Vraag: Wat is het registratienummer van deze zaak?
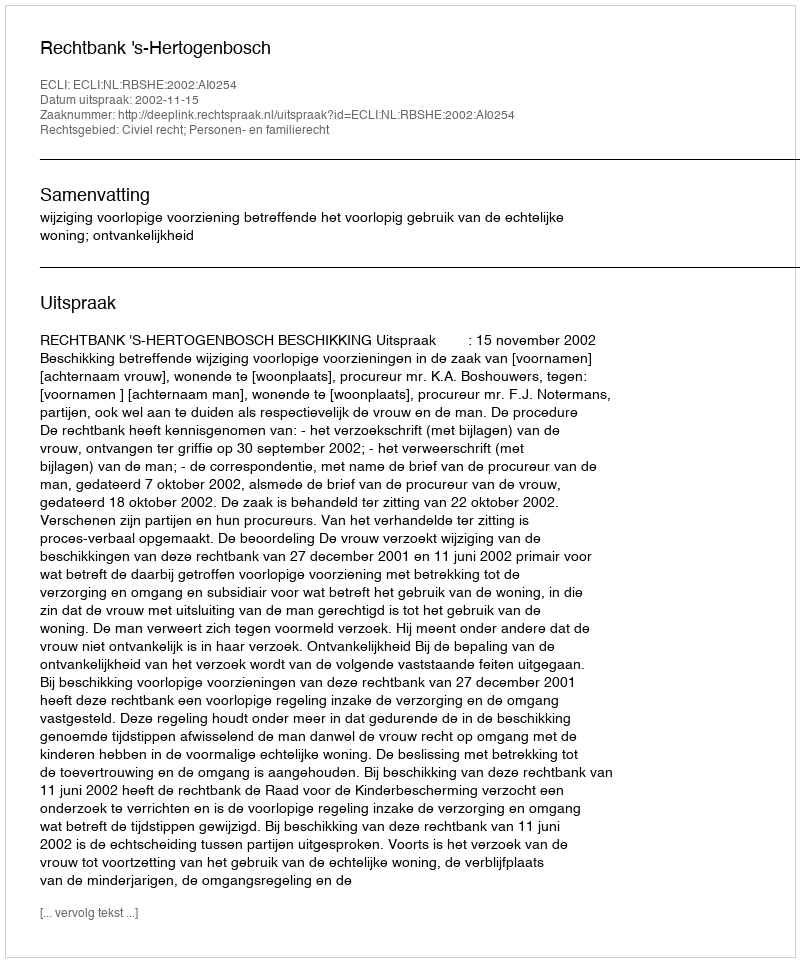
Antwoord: http://deeplink.rechtspraak.nl/uitspraak?id=ECLI:NL:RBSHE:2002:AI0254